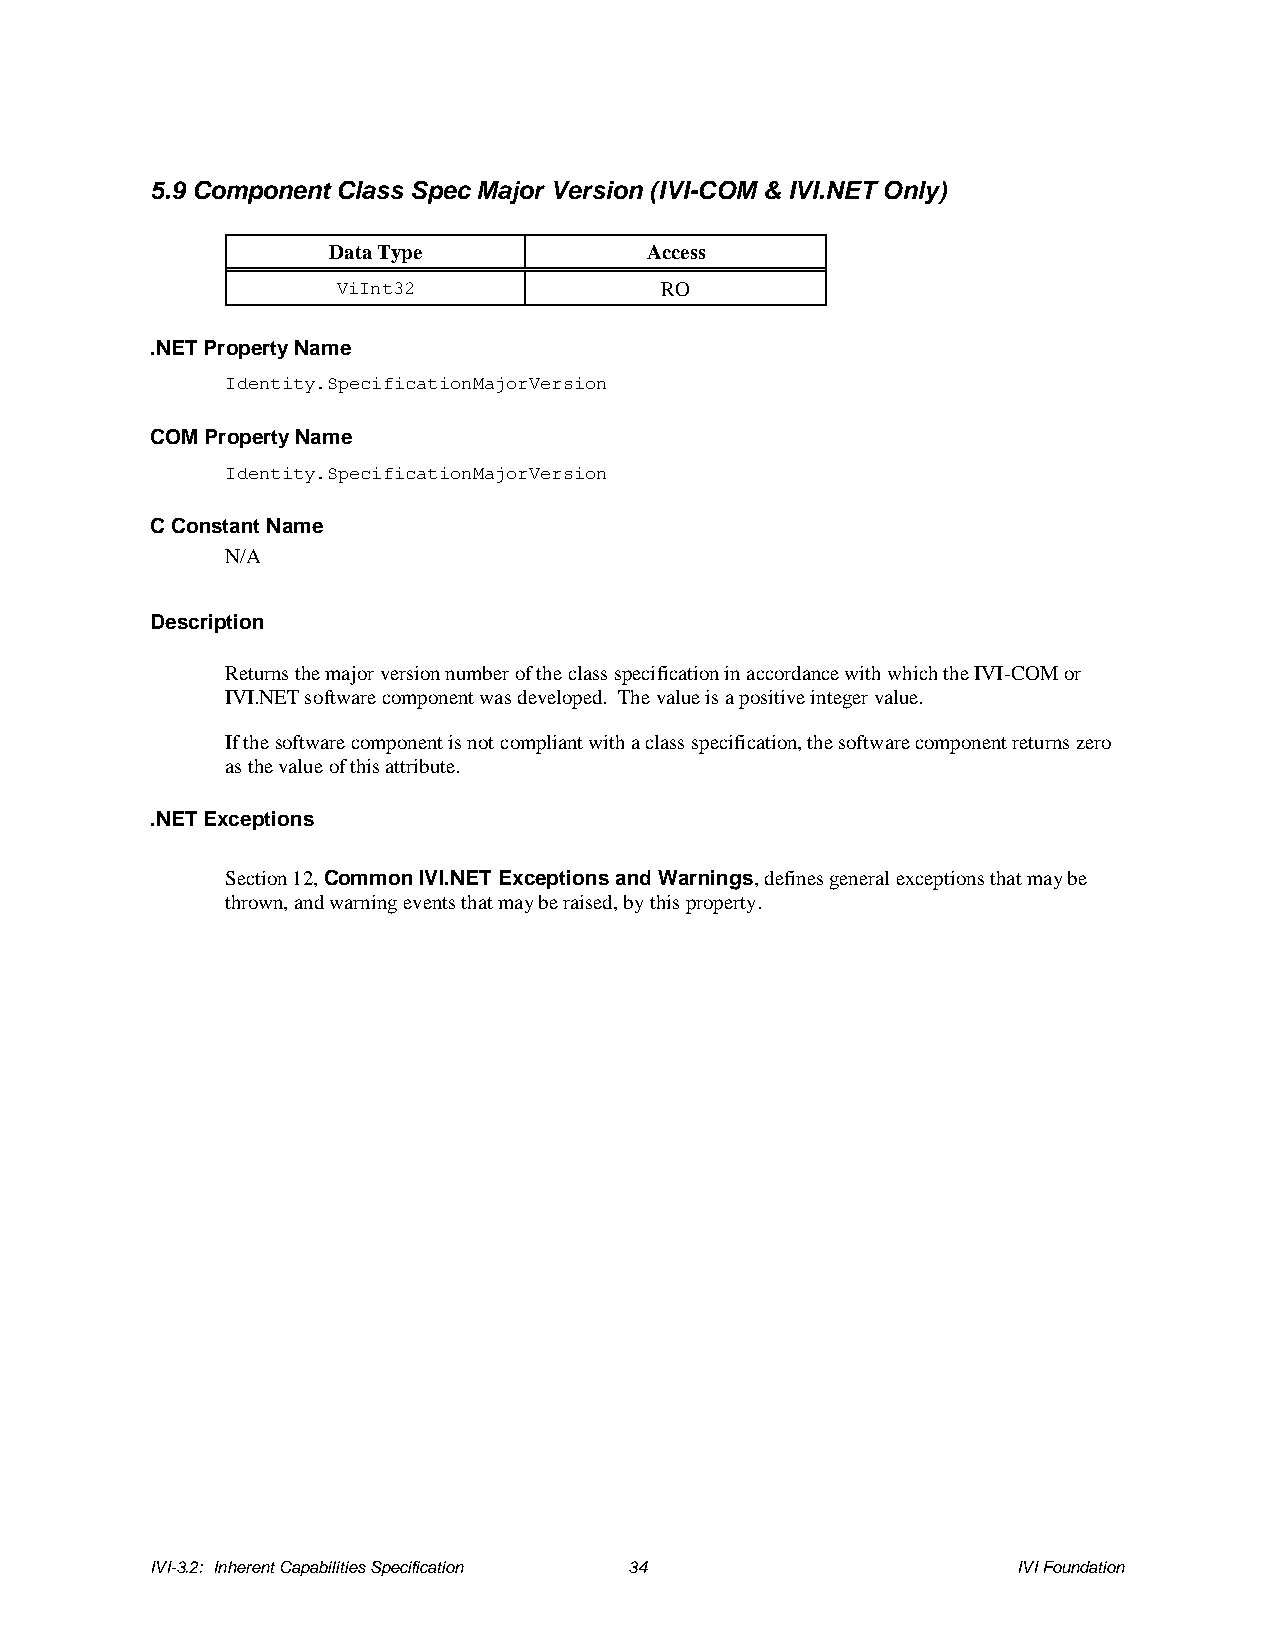
5.9 Component Class Spec Major Version (IVI-COM & IVI.NET Only)
 Data Type            Access
 ViInt32               RO
 .NET Property Name
 Identity.SpecificationMajorVersion
 COM Property Name
 Identity.SpecificationMajorVersion
 C Constant Name
 N/A
 Description
 Returns the major version number of the class specification in accordance with which the IVI-COM or
 IVI.NET software component was developed. The value is a positive integer value.
 If the software component is not compliant with a class specification, the software component returns zero
 as the value of this attribute.
 .NET Exceptions
 Section 12, Common IVI.NET Exceptions and Warnings, defines general exceptions that may be
 thrown, and warning events that may be raised, by this property.
 IVI-3.2: Inherent Capabilities Specification 34          IVI Foundation